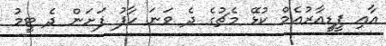
އާއި ޕީޑީއާރުއެމް ކުޅޭ މެޗުގެ ދެ ވަނަ ހާފު ފަށަން ދެ ޓީމު